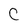
Character: C